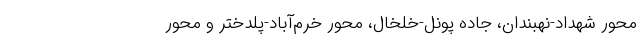
محور شهداد-نهبندان، جاده پونل-خلخال، محور‌‌ خرم‌آباد-پلدختر و محور